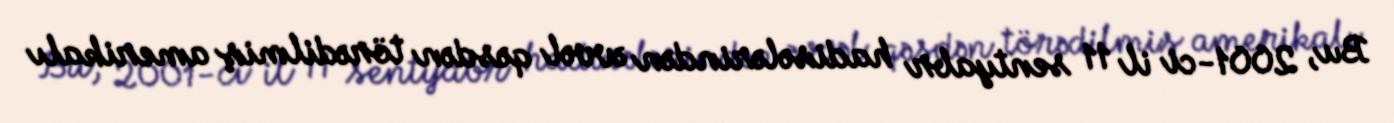
Bu, 2001-ci il 11 sentyabr hadisələrindən əvvəl qəsdən törədilmiş amerikalı